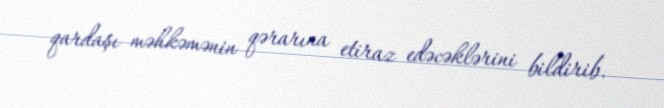
qardaşı məhkəmənin qərarına etiraz edəcəklərini bildirib.